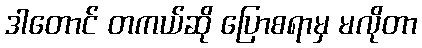
ဒါတောင် တကယ်ဆို ပြောစရာမှ မလိုတာ